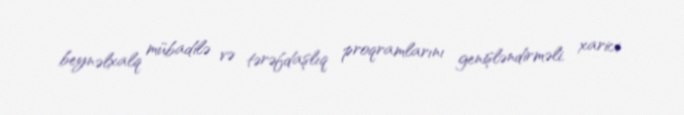
beynəlxalq mübadilə və tərəfdaşlıq proqramlarını genişləndirməli, xarici